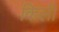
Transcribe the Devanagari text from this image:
किली